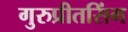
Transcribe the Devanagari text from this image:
गुरुप्रीतसिंग